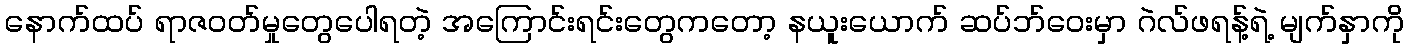
နောက်ထပ် ရာဇဝတ်မှုတွေပေါရတဲ့ အကြောင်းရင်းတွေကတော့ နယူးယောက် ဆပ်ဘ်ဝေးမှာ ဂဲလ်ဖရန့်ရဲ့ မျက်နှာကို